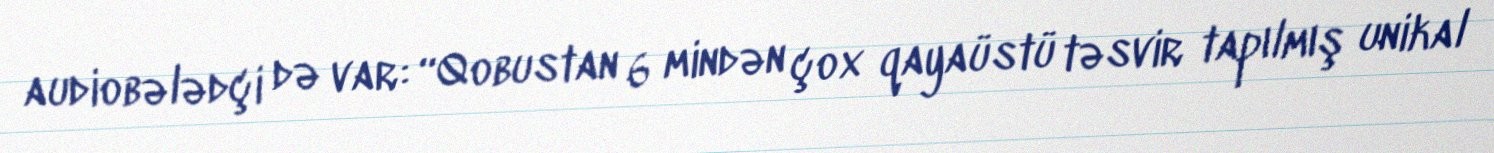
audiobələdçi də var: “Qobustan 6 mindən çox qayaüstü təsvir tapılmış unikal